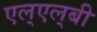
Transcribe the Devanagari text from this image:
एल्‌एल्‌बी